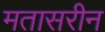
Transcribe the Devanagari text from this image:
मतासरीन